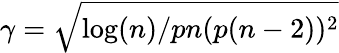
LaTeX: \gamma=\sqrt{\log(n)/pn(p(n-2))^{2}}